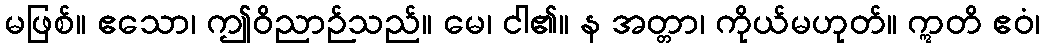
မဖြစ်။ ဧသော၊ ဤဝိညာဉ်သည်။ မေ၊ ငါ၏။ န အတ္တာ၊ ကိုယ်မဟုတ်။ ဣတိ ဧဝံ၊